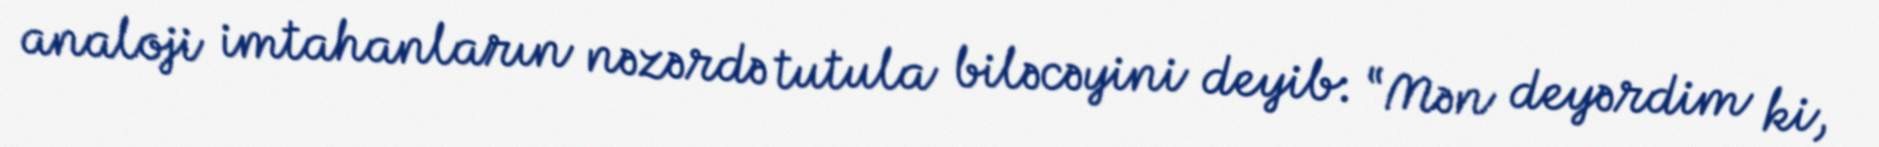
analoji imtahanların nəzərdə tutula biləcəyini deyib: “Mən deyərdim ki,